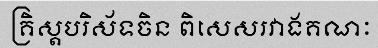
គ្រិស្តបរិស័ទចិន ពិសេសរវាងគណៈ